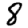
Digit: 8